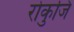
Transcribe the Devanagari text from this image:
रोकुजि